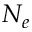
N _ { e }